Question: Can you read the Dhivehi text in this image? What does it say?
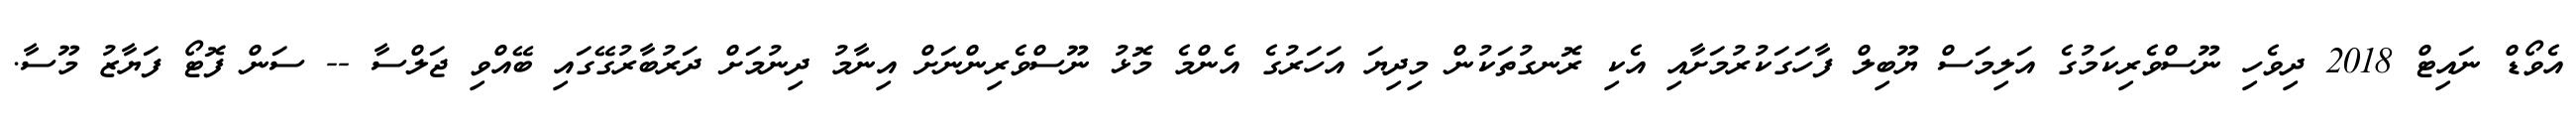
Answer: އެވޯޑް ނައިޓް 2018 ދިވެހި ނޫސްވެރިކަމުގެ އަލިމަސް ޔޫބިލް ފާހަގަކުރުމަށާއި އެކި ރޮނގުތަކުން މިދިޔަ އަހަރުގެ އެންމެ މޮޅު ނޫސްވެރިންނަށް އިނާމު ދިނުމަށް ދަރުބާރުގޭގައި ބޭއްވި ޖަލްސާ -- ސަން ފޮޓޯ ފަޔާޒު މޫސާ.